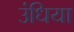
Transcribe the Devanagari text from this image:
उंधिया